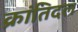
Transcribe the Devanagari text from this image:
क्रांतिदल